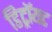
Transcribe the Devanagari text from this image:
डिट्रॉयट